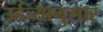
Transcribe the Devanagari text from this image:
उर्डच्यानुसार